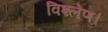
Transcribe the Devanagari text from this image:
विश्लेण।